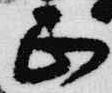
正